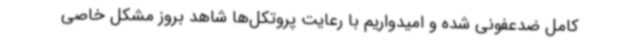
کامل ضدعفونی شده و امیدواریم با رعایت پروتکل‌ها شاهد بروز مشکل خاصی